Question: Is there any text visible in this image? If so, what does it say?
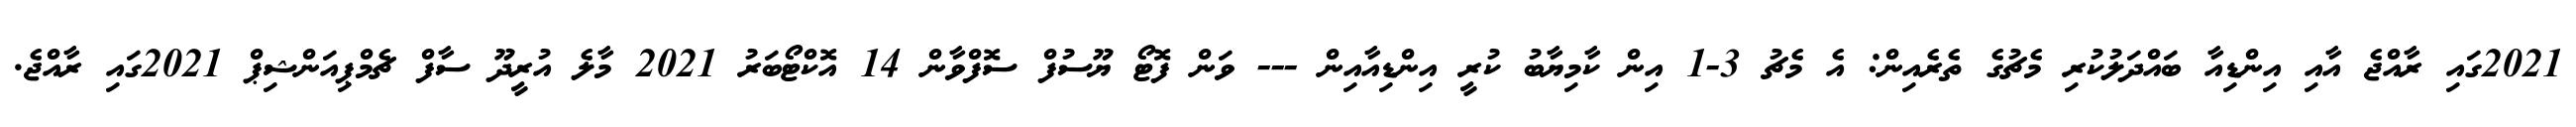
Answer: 2021ގައި ރާއްޖެ އާއި އިންޑިއާ ބައްދަލުކުރި މެޗުގެ ތެރެއިން: އެ މެޗު 3-1 އިން ކާމިޔާބު ކުރީ އިންޑިއާއިން --- ވަން ފޮޓޯ ޔޫސުފް ސޮފްވާން 14 އޮކްޓޯބަރު 2021 މާލެ އުރީދޫ ސާފް ޗެމްޕިއަންޝިޕް 2021ގައި ރާއްޖެ.